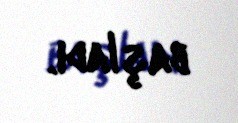
başladı.